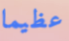
عظيما